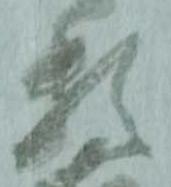
頼